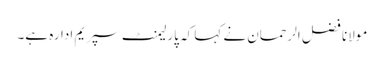
مولانا فضل الرحمان نے کہا کہ پارلیمنٹ سپریم ادارہ ہے۔